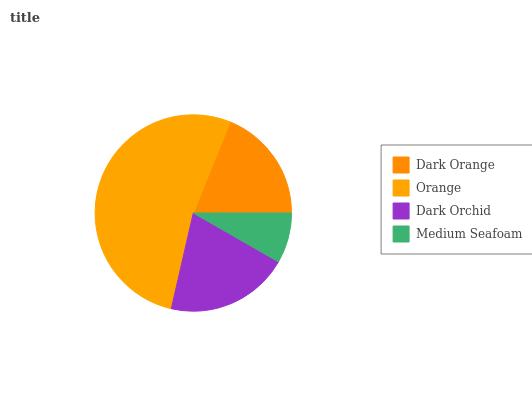
| Dark Orange | Orange | Dark Orchid | Medium Seafoam |
 | --- | --- | --- | --- |
 | 18.9% | 52.5% | 20.3% | 8.28% |